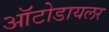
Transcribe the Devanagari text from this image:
ऑटोडायलर